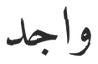
واجد